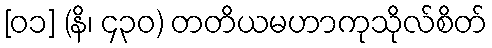
[၀၁] (နိ၊ ၄၃၀) တတိယမဟာကုသိုလ်စိတ်